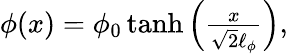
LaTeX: \begin{array}{r}{\phi(x)=\phi_{0}\operatorname{tanh}\left(\frac{x}{\sqrt{2}\ell_{\phi}}\right),}\end{array}